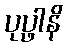
ပုပ္ဖါနိ